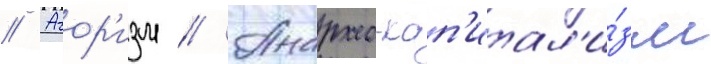
// Агор'изм // Анархо-кап'итал'и́зм